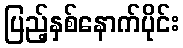
ပြည့်နှစ်နောက်ပိုင်း